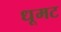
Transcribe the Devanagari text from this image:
धूमट